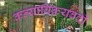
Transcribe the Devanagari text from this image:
कन्याविक्रयबंदी